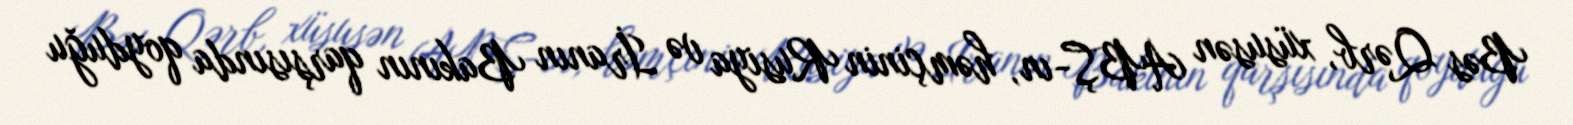
Bəs Qərb, xüsusən ABŞ-ın, həmçinin Rusiya və İranın Bakının qarşısında qoyduğu